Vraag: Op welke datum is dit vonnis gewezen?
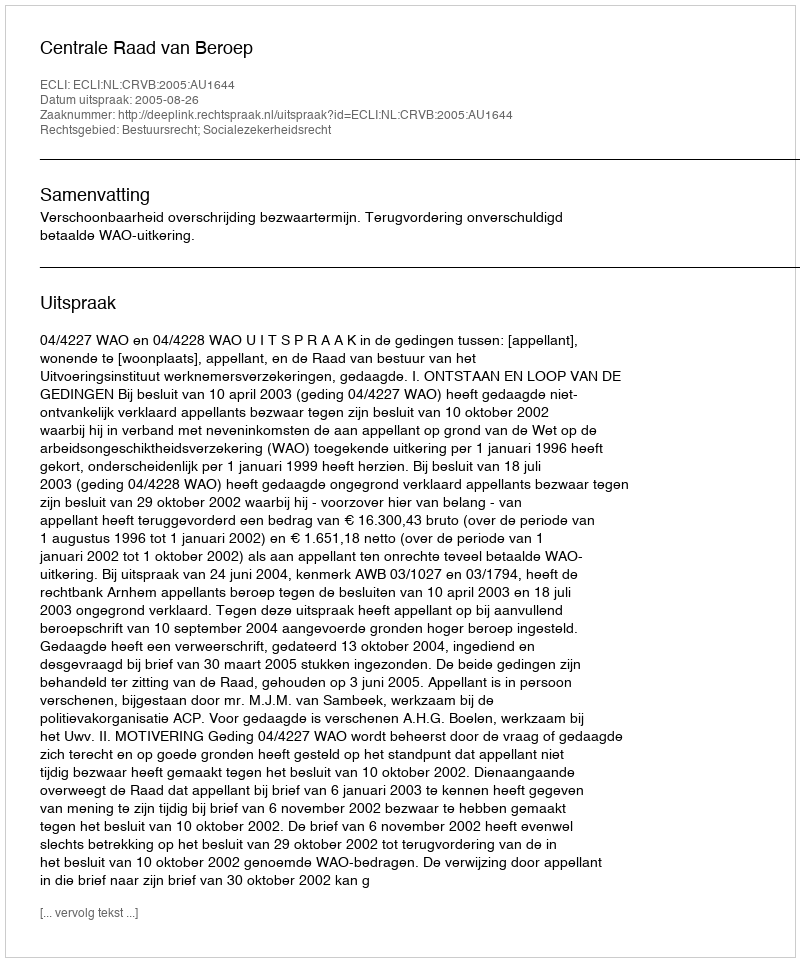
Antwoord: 2005-08-26